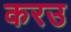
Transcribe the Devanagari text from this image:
करउ